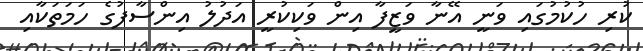
ކުރި ހުކުމުގައި ވަނީ އޭނާ ވަޒީފާ އިން ވަކިކުރީ އަދުލު އިންސާފުގެ ހަމަތަކާއި